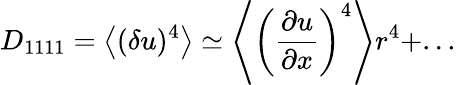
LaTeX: D_{1111}=\left\langle{(\delta u)^{4}}\right\rangle\simeq\left\langle{\left(\frac{\partial u}{\partial x}\right)^{4}}\right\rangle r^{4}+...